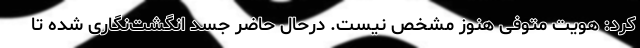
کرد: هویت متوفی هنوز مشخص نیست. درحال حاضر جسد انگشت‌نگاری شده تا